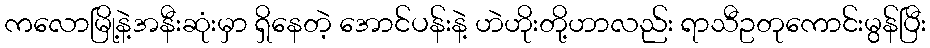
ကလောမြို့နဲ့အနီးဆုံးမှာ ရှိနေတဲ့ အောင်ပန်းနဲ့ ဟဲဟိုးတို့ဟာလည်း ရာသီဥတုကောင်းမွန်ပြီး